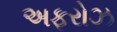
અફરોઝ